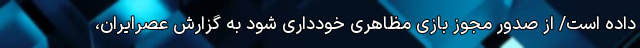
داده است/ از صدور مجوز بازی مظاهری خودداری شود به گزارش عصرایران،